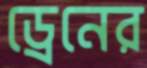
ড্রেনের